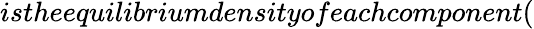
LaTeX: istheequilibriumdensityofeachcomponent(